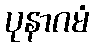
ပုနာဂမံ